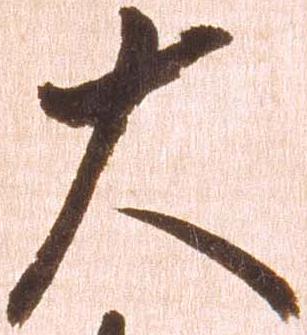
大